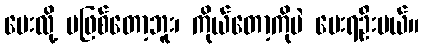
မေးလို့ မဖြစ်တော့ဘူး၊ ကိုယ်တော့ကိုပဲ မေးရဦးမယ်။